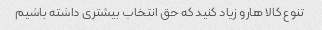
تنوع کالا هارو زیاد کنید که حق انتخاب بیشتری داشته باشیم